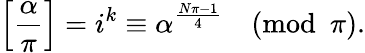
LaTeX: \left[{\frac{\alpha}{\pi}}\right]=i^{k}\equiv\alpha^{\frac{N\pi-1}{4}}{\pmod{\pi}}.